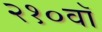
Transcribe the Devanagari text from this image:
२१०वॉ